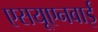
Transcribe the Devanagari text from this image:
एसयूएनवाई